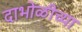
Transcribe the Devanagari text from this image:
दाभोळीच्या